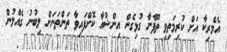
އެމެރިކާ އަށް ކުރިމަތިވި ތޫފާނާ ގުޅިގެން އިންޝުއާ ކޮށްފައިވާ ތަންތަނަށް ލިބުނު ގެއްލުން